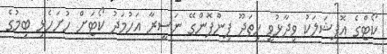
ކޯޓްގެ އޮފިޝަލަކު ވިދާޅުވީ ހިތަދޫ ޕިންޕޮންގޭ ނަސީރާ އަހުމަދު ކޯޓަށް ހުށަހެޅި ބިމުގެ